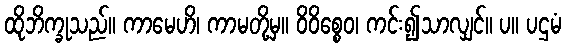
ထိုဘိက္ခုသည်။ ကာမေဟိ၊ ကာမတို့မှ။ ဝိဝိစ္စေဝ၊ ကင်း၍သာလျှင်။ ပ။ ပဌမံ